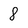
Character: 8